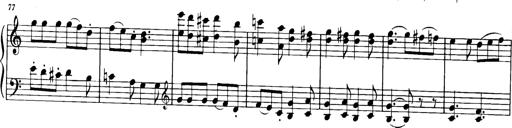
Title: Sonatine in C
Composer: Anton Eberl
Key: C major